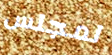
لمجلس